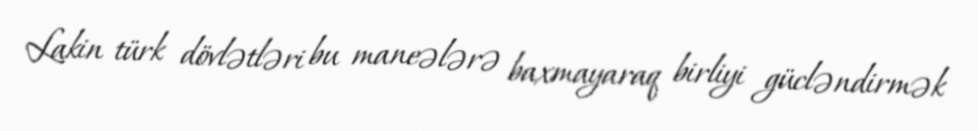
Lakin türk dövlətləri bu maneələrə baxmayaraq birliyi gücləndirmək